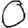
Digit: 0